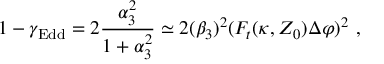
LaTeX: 1 - \gamma _ { \mathrm { E d d } } = 2 { \frac { \alpha _ { 3 } ^ { 2 } } { 1 + \alpha _ { 3 } ^ { 2 } } } \simeq 2 ( \beta _ { 3 } ) ^ { 2 } ( F _ { t } ( \kappa , Z _ { 0 } ) \Delta \varphi ) ^ { 2 } \ ,